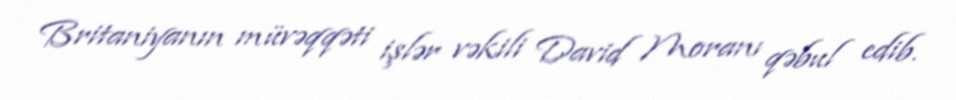
Britaniyanın müvəqqəti işlər vəkili David Moranı qəbul edib.